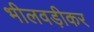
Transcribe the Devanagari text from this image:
भीलवड़ीकर